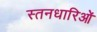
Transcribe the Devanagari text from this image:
स्तनधारिओं